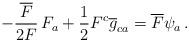
LaTeX: \begin{align*}-\frac{\overline{F}}{2F}\,F_a+\frac 12F^c \overline{g}_{ca}=\overline{F}\psi_a\,.\end{align*}